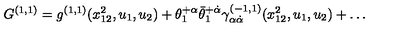
G ^ { ( 1 , 1 ) } = g ^ { ( 1 , 1 ) } ( x _ { 1 2 } ^ { 2 } , u _ { 1 } , u _ { 2 } ) + \theta _ { 1 } ^ { + \alpha } \bar { \theta } _ { 1 } ^ { + \dot { \alpha } } \gamma _ { \alpha \dot { \alpha } } ^ { ( - 1 , 1 ) } ( x _ { 1 2 } ^ { 2 } , u _ { 1 } , u _ { 2 } ) + \ldots